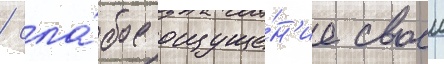
/ сла́бое ощуще́н'ие своеи